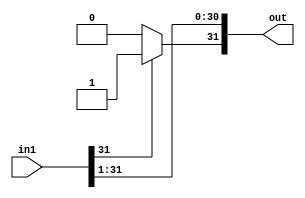
module bit1_SRA(in1, out);

input [31:0] in1;
output [31:0] out;

genvar c;
   generate
	for(c=0; c<=30;c=c+1) begin: loop1
	
	assign out[c] = in1[c+1];
	
	end
	endgenerate

assign out[31] = in1[31] ? 1'b1 : 1'b0;


endmodule